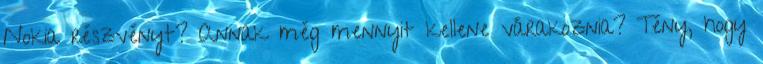
Nokia részvényt? Annak még mennyit kellene várakoznia? Tény, hogy